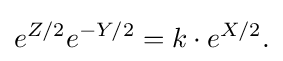
\displaystyle {e^{Z/2}e^{-Y/2}=k\cdot e^{X/2}.}